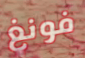
فونغ